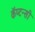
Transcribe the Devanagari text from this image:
कॅप्टन्सी